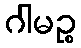
ဂါမဉ္စ